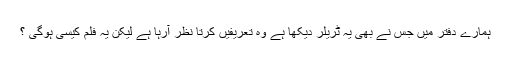
ہمارے دفتر میں جس نے بھی یہ ٹریلر دیکھا ہے وہ تعریفیں کرتا نظر آرہا ہے لیکن یہ فلم کیسی ہوگی ؟